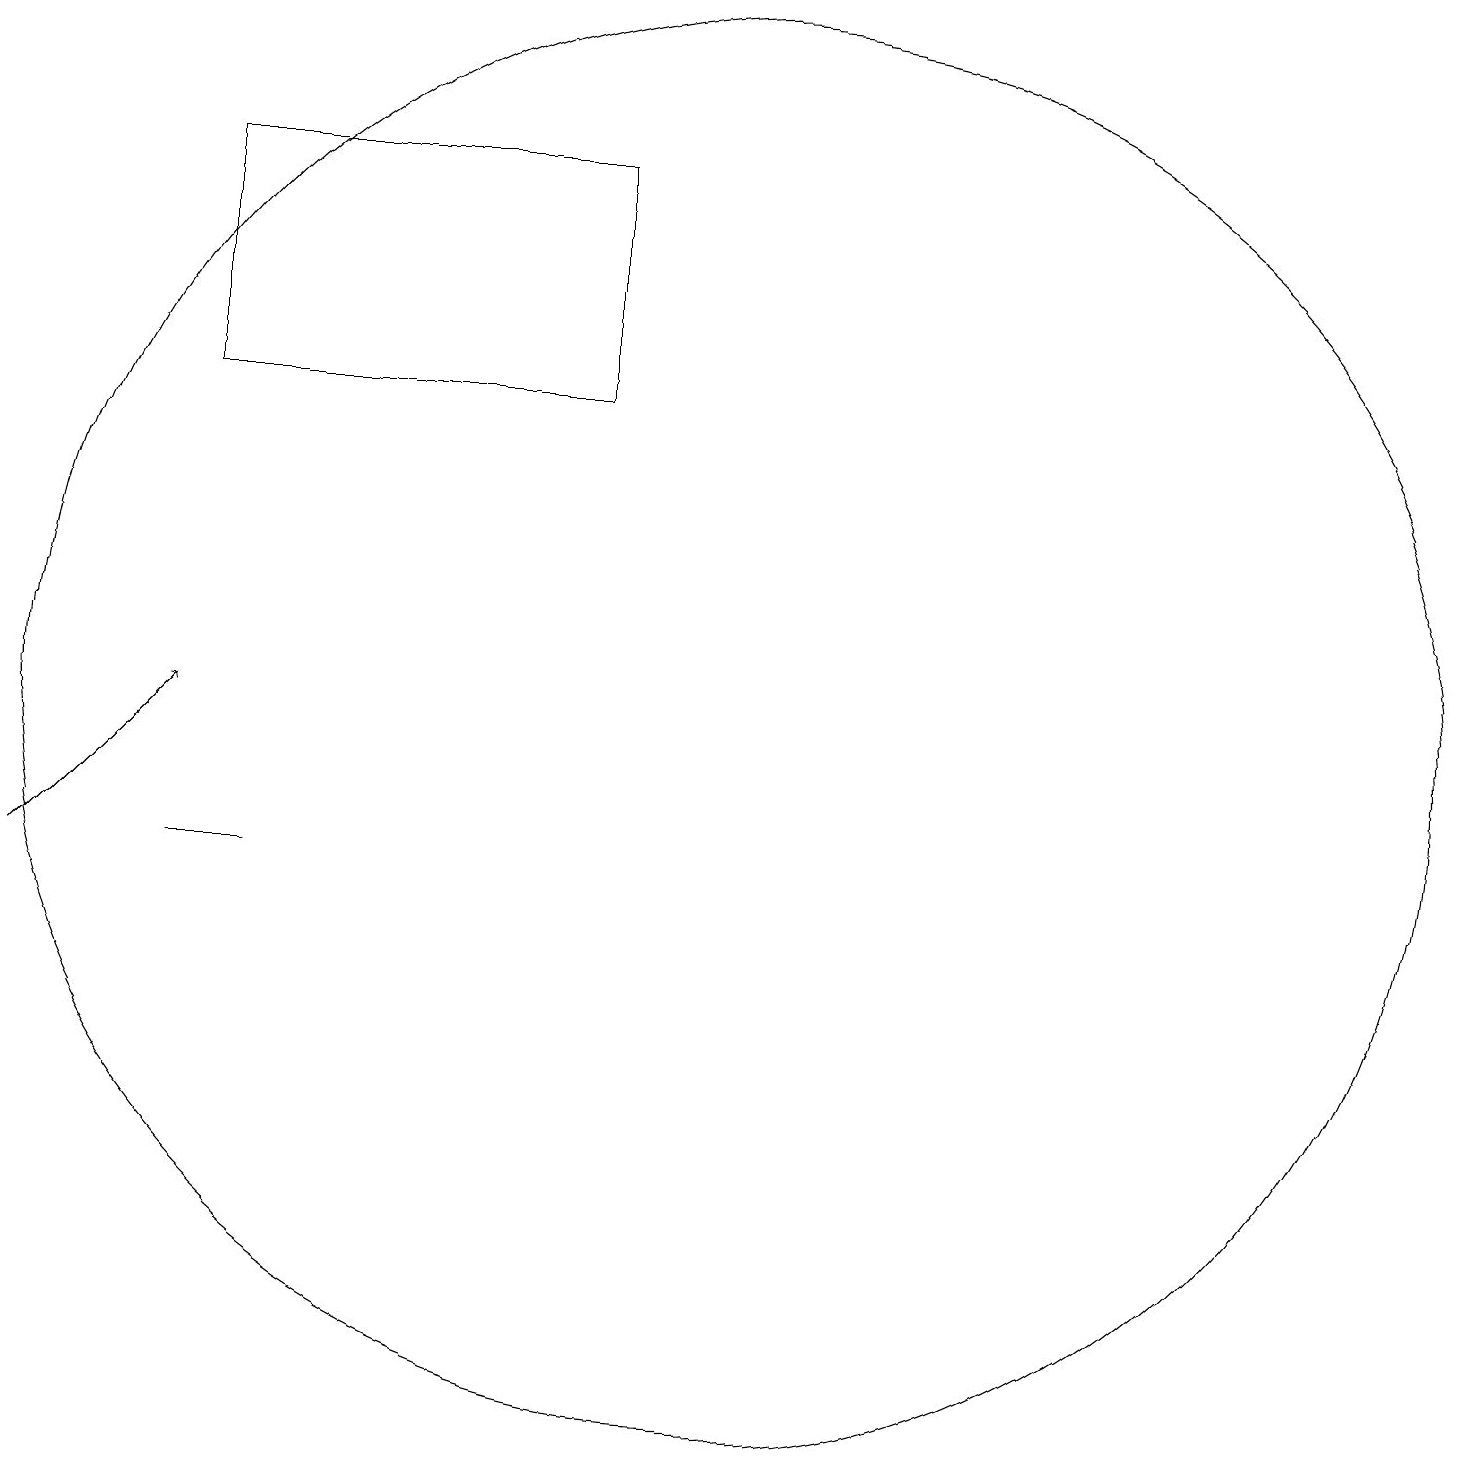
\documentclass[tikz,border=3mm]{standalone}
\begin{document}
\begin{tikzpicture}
\draw (4,10) rectangle (3,10);
\draw (10,12) circle (9);
\draw[->] (1,10) -- (3,12);
\draw (3,16) rectangle (8,19);
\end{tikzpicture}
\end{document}